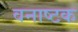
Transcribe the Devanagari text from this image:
वनाष्टक